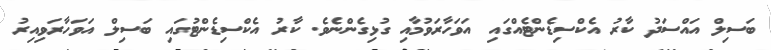
ބަސިލް އައްސަދު ކާރު އެކްސިޑެންޓެއްގައި އަވަހާރަވުމާއި ގުޅިގެންނެވެ. ކާރު އެކްސިޑެންޓުގައި ބަސިލް އަވަހާރަވިއިރު